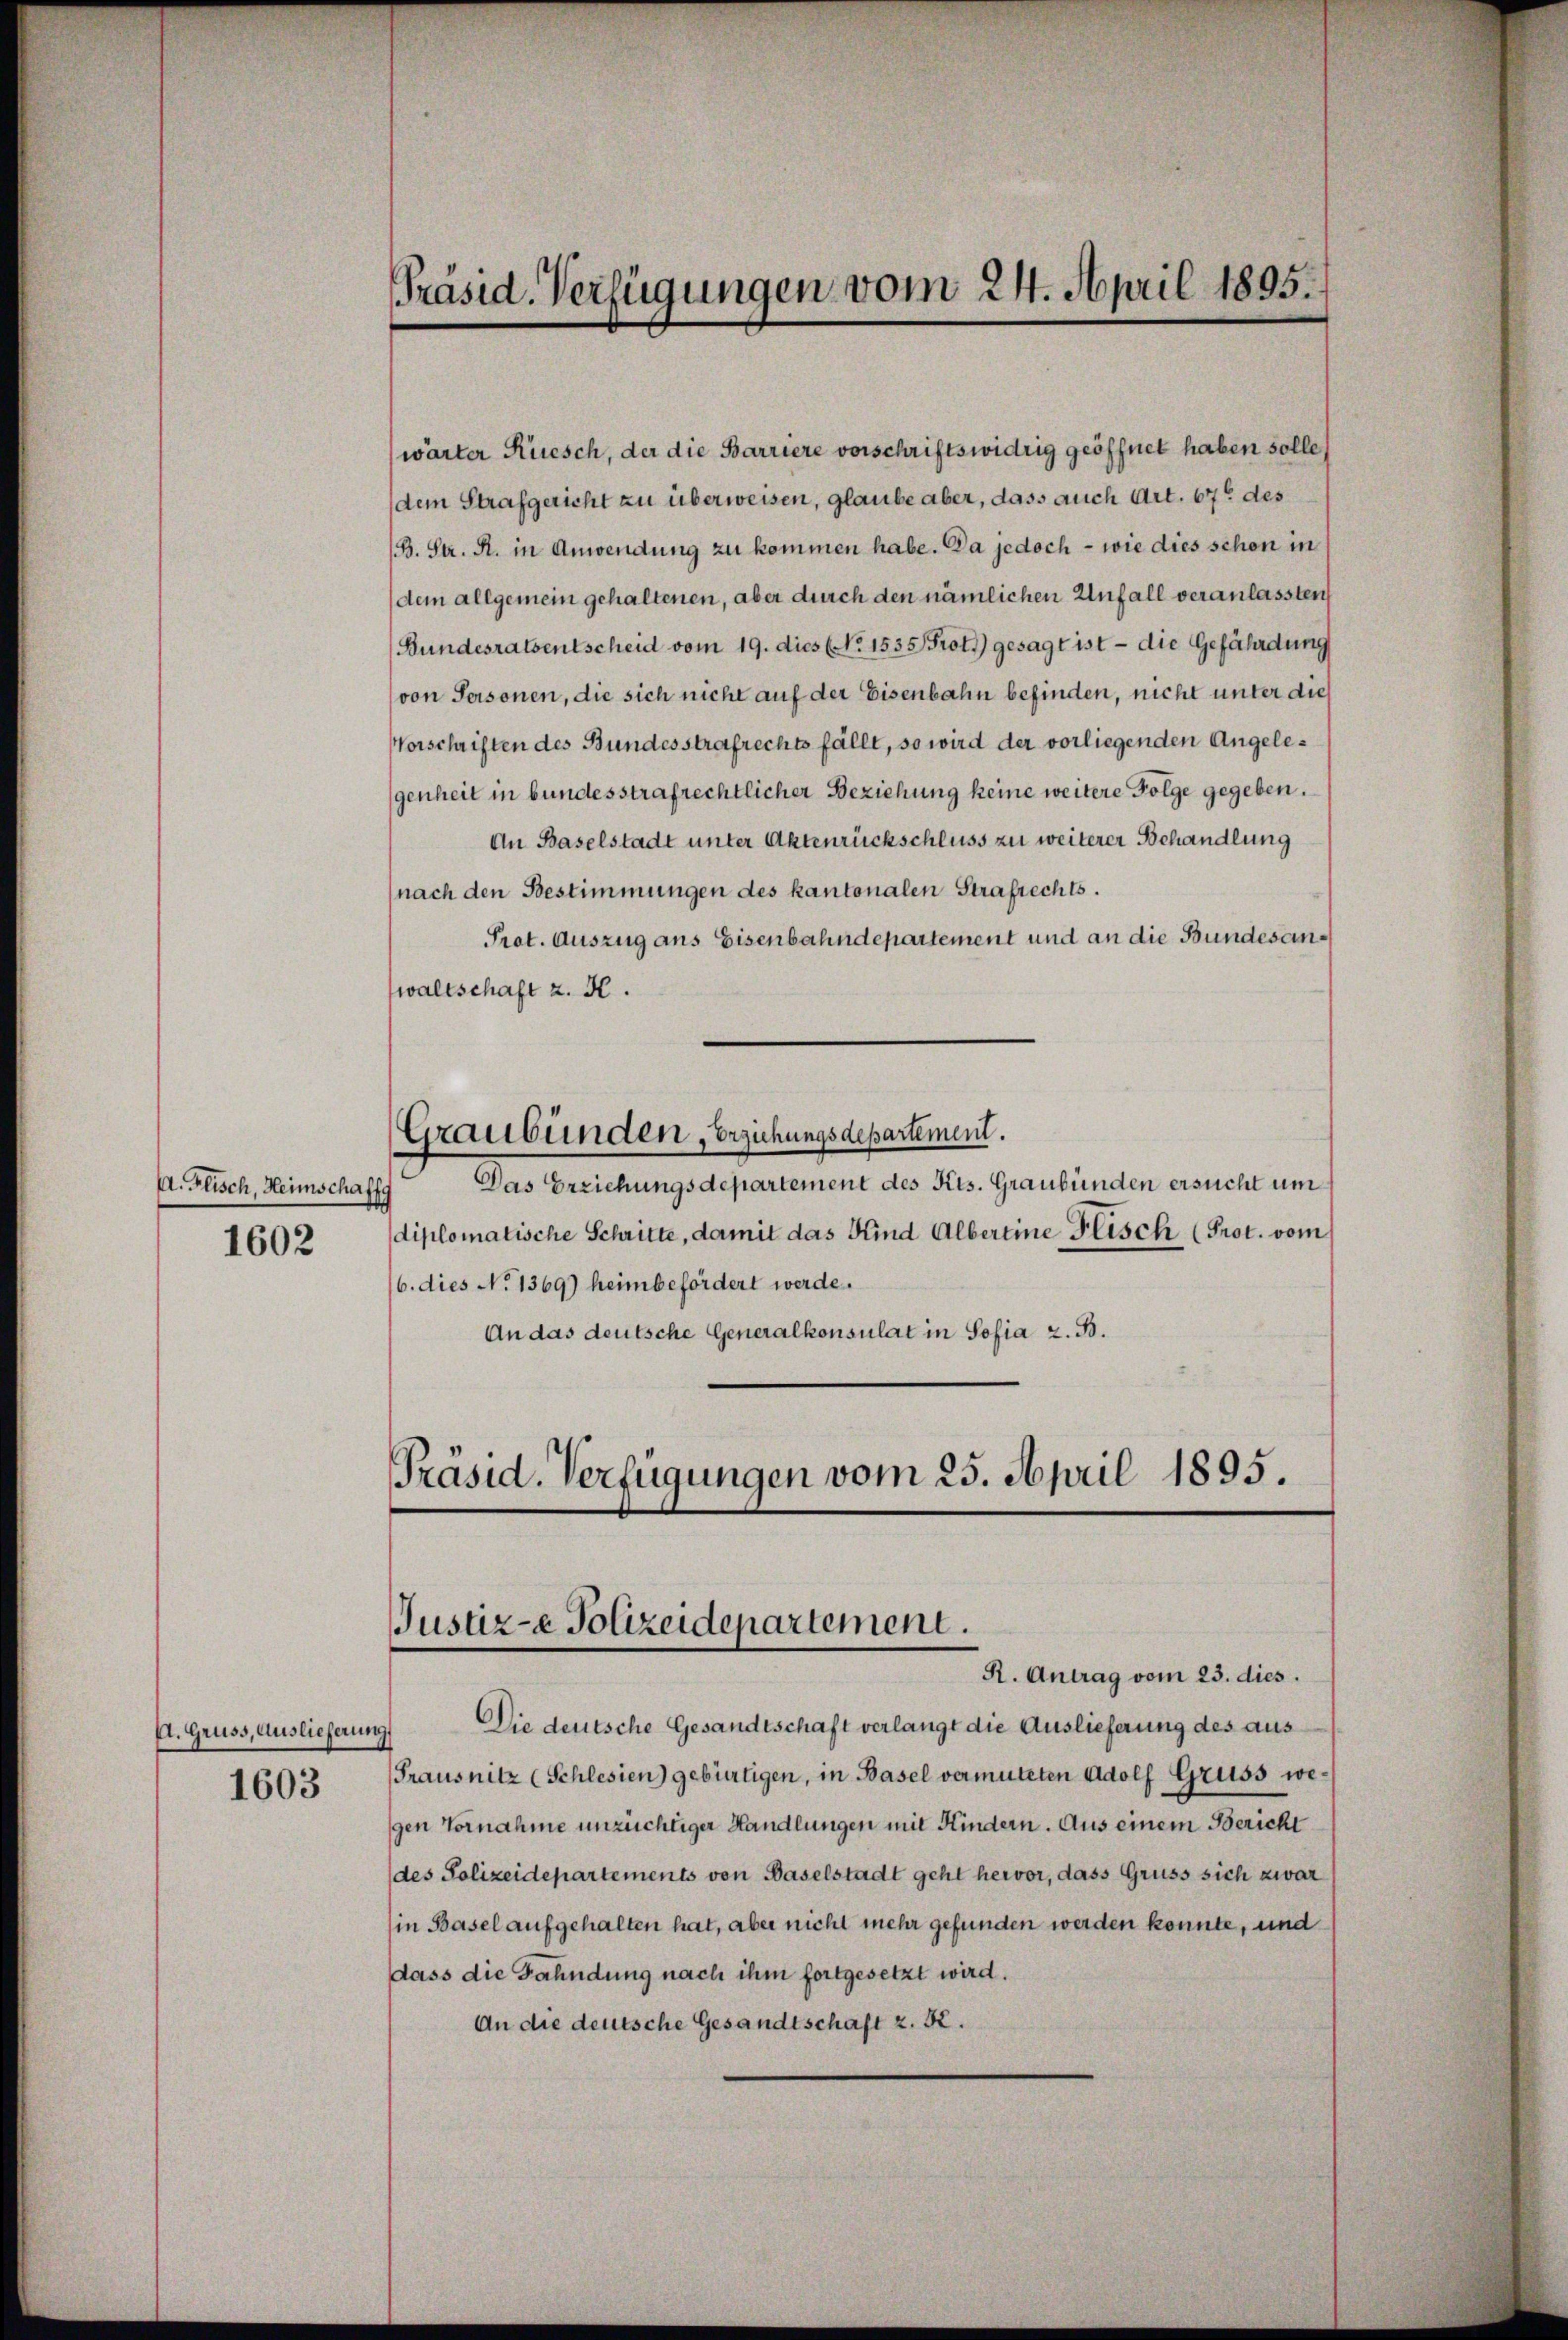
A. Flisch, Heimschaffg

1602

A. Gruss, Auslieferungs

1603

wärter Rüesch, der die Barriere vorschriftswidrig geöffnet haben solle,
dem Strafgericht zu überweisen, glaube aber, dass auch Art. 67 des
B. Str. R. in Anwendung zu kommen habe. Da jedoch - wie dies schon in
dem allgemein gehaltenen, aber durch den nämlichen Unfall veranlassten
(Bundesratsentscheid vom 19. dies (No 1535 Prot.) gesagt ist - die Gefährdung
von Personen, die sich nicht auf der Eisenbahn befinden, nicht unter dies
Vorschriften des Bundesstrafrechts fällt, so wird der vorliegenden Angelegenheit in bundesstrafrechtlicher Beziehung keine weitere Folge gegeben.
An Baselstadt unter Aktenrückschluss zu weiterer Behandlung
nach den Bestimmungen des kantonalen Strafrechts.
Prot. Auszug ans Eisenbahndepartement und an die Bundesanwaltschaft z. H.
Graubünden, Erziehungsdepartement.
Das Erziehungsdepartement des Kts. Graubünden ersucht um
diplomatische Schritte, damit das Kind Albereine Fisch (Prot. vom
16. dies No 1369) heim befördert werde.
An das deutsche Generalkonsulat in Sofia z. B.

Präsid. Verfügungen vom 24. April 1895.

Die deutsche Gesandtschaft verlangt die Auslieferung des aus¬
Frausnitz (Schlesien) gebürtigen, in Basel vermuteten Adolf Gruss wegen Vornahme unzüchtiger Handlungen mit Kindern. Aus einem Bericht
(des Polizeidepartements von Baselstadt geht hervor, dass Gruss sich zwar
in Basel aufgehalten hat, aber nicht mehr gefunden werden konnte, und
dass die Fahndung nach ihm fortgesetzt wird.
An die deutsche Gesandtschaft z. B.

Präsid. Verfügungen vom 25. April 1895.
Justiz-e Polizeidepartement.
R. Antrag vom 23. dies.